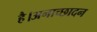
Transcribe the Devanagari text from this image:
है।अनाच्छादन